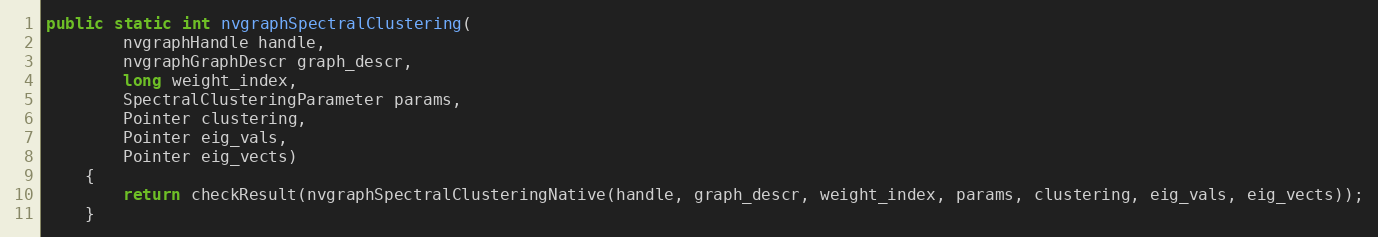
Language: Java
public static int nvgraphSpectralClustering(
        nvgraphHandle handle,
        nvgraphGraphDescr graph_descr,
        long weight_index,
        SpectralClusteringParameter params,
        Pointer clustering,
        Pointer eig_vals,
        Pointer eig_vects)
    {
        return checkResult(nvgraphSpectralClusteringNative(handle, graph_descr, weight_index, params, clustering, eig_vals, eig_vects));
    }